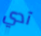
آدي